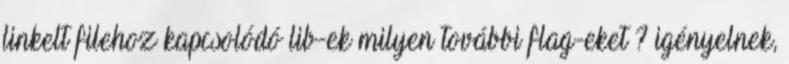
linkelt filehoz kapcsolódó lib-ek milyen további flag-eket ? igényelnek,